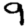
Digit: 9